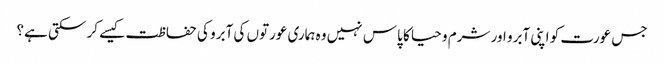
جس عورت کو اپنی آبرو اور شرم و حیا کا پاس نہیں وہ ہماری عورتوں کی آبرو کی حفاظت کیسے کر سکتی ہے؟